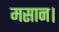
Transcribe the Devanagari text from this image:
मसान।